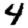
Digit: 4